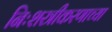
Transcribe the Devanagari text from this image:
निःशस्त्रीकरणाच्या